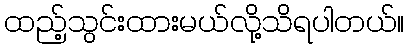
ထည့်သွင်းထားမယ်လို့သိရပါတယ်။